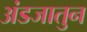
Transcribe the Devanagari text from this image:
अंडजातुन